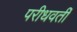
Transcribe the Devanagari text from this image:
परीधवर्ती